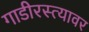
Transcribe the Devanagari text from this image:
गाडीरस्त्यावर